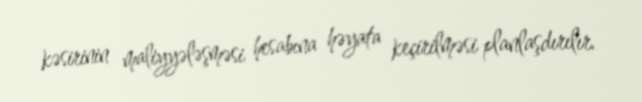
kəsirinin maliyyələşməsi hesabına həyata keçirilməsi planlaşdırılır.